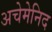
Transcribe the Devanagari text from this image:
अचेमेनिद